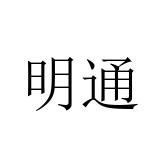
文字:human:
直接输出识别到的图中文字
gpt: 明通